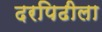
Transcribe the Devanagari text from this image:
दरपिढीला